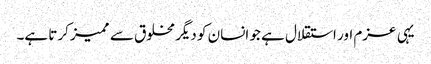
یہی عزم اور استقلال ہے جو انسان کو دیگر مخلوق سے ممیز کرتا ہے۔